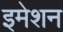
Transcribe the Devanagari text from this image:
इमेशन